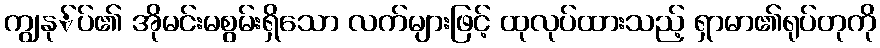
ကျွနု်ပ်၏ အိုမင်းမစွမ်းရှိသော လက်များဖြင့် ထုလုပ်ထားသည့် ရှာမာ၏ရုပ်တုကို